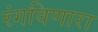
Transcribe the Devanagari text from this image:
रंगविणारा